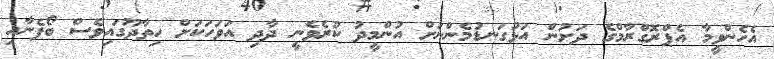
އެހެންވީމާ އެޕްރޮގްރާމްގެ ދަށުން އަޅުގަނޑުމެންނަށް އުންމީދު ކުރެވެނީ ދާދި އަވަހަކަށް ހިތާދޫގައިވެސް ބޯފެނާއި